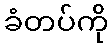
ခံတပ်ကို